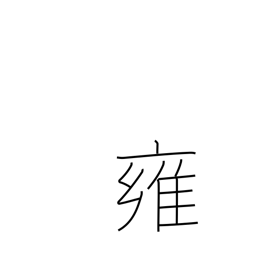
Meaning: mitigation